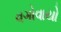
વગોવાયો